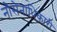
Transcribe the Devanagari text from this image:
नौसेनाधिकारी